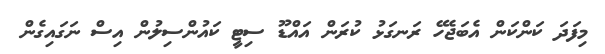
މިފަދަ ކަންކަން އެބަޖެހޭ ރަނގަޅު ކުރަން އައްޑޫ ސިޓީ ކައުންސިލުން އިސް ނަގައިގެން